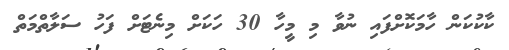
ކާކުކަން ހާމަކޮށްފައި ނުވާ މި މީހާ 30 ހަކަށް މިނެޓަށް ފަހު ސަލާތްމަތް